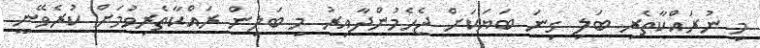
މި ނުރައްކާތެރި ބަލި ގިނަ ބަޔަކަށް ޖެހެމުންދާއިރު މި ބަލިން ރައްކާތެރިވުމަށް ކުރެވޭނީ